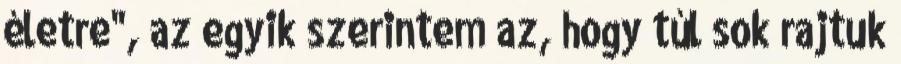
életre", az egyik szerintem az, hogy túl sok rajtuk